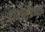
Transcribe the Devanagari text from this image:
टोगोलँडच्या